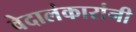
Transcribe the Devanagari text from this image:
वेदालंकारांनी